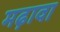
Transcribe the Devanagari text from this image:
मढ़ावा